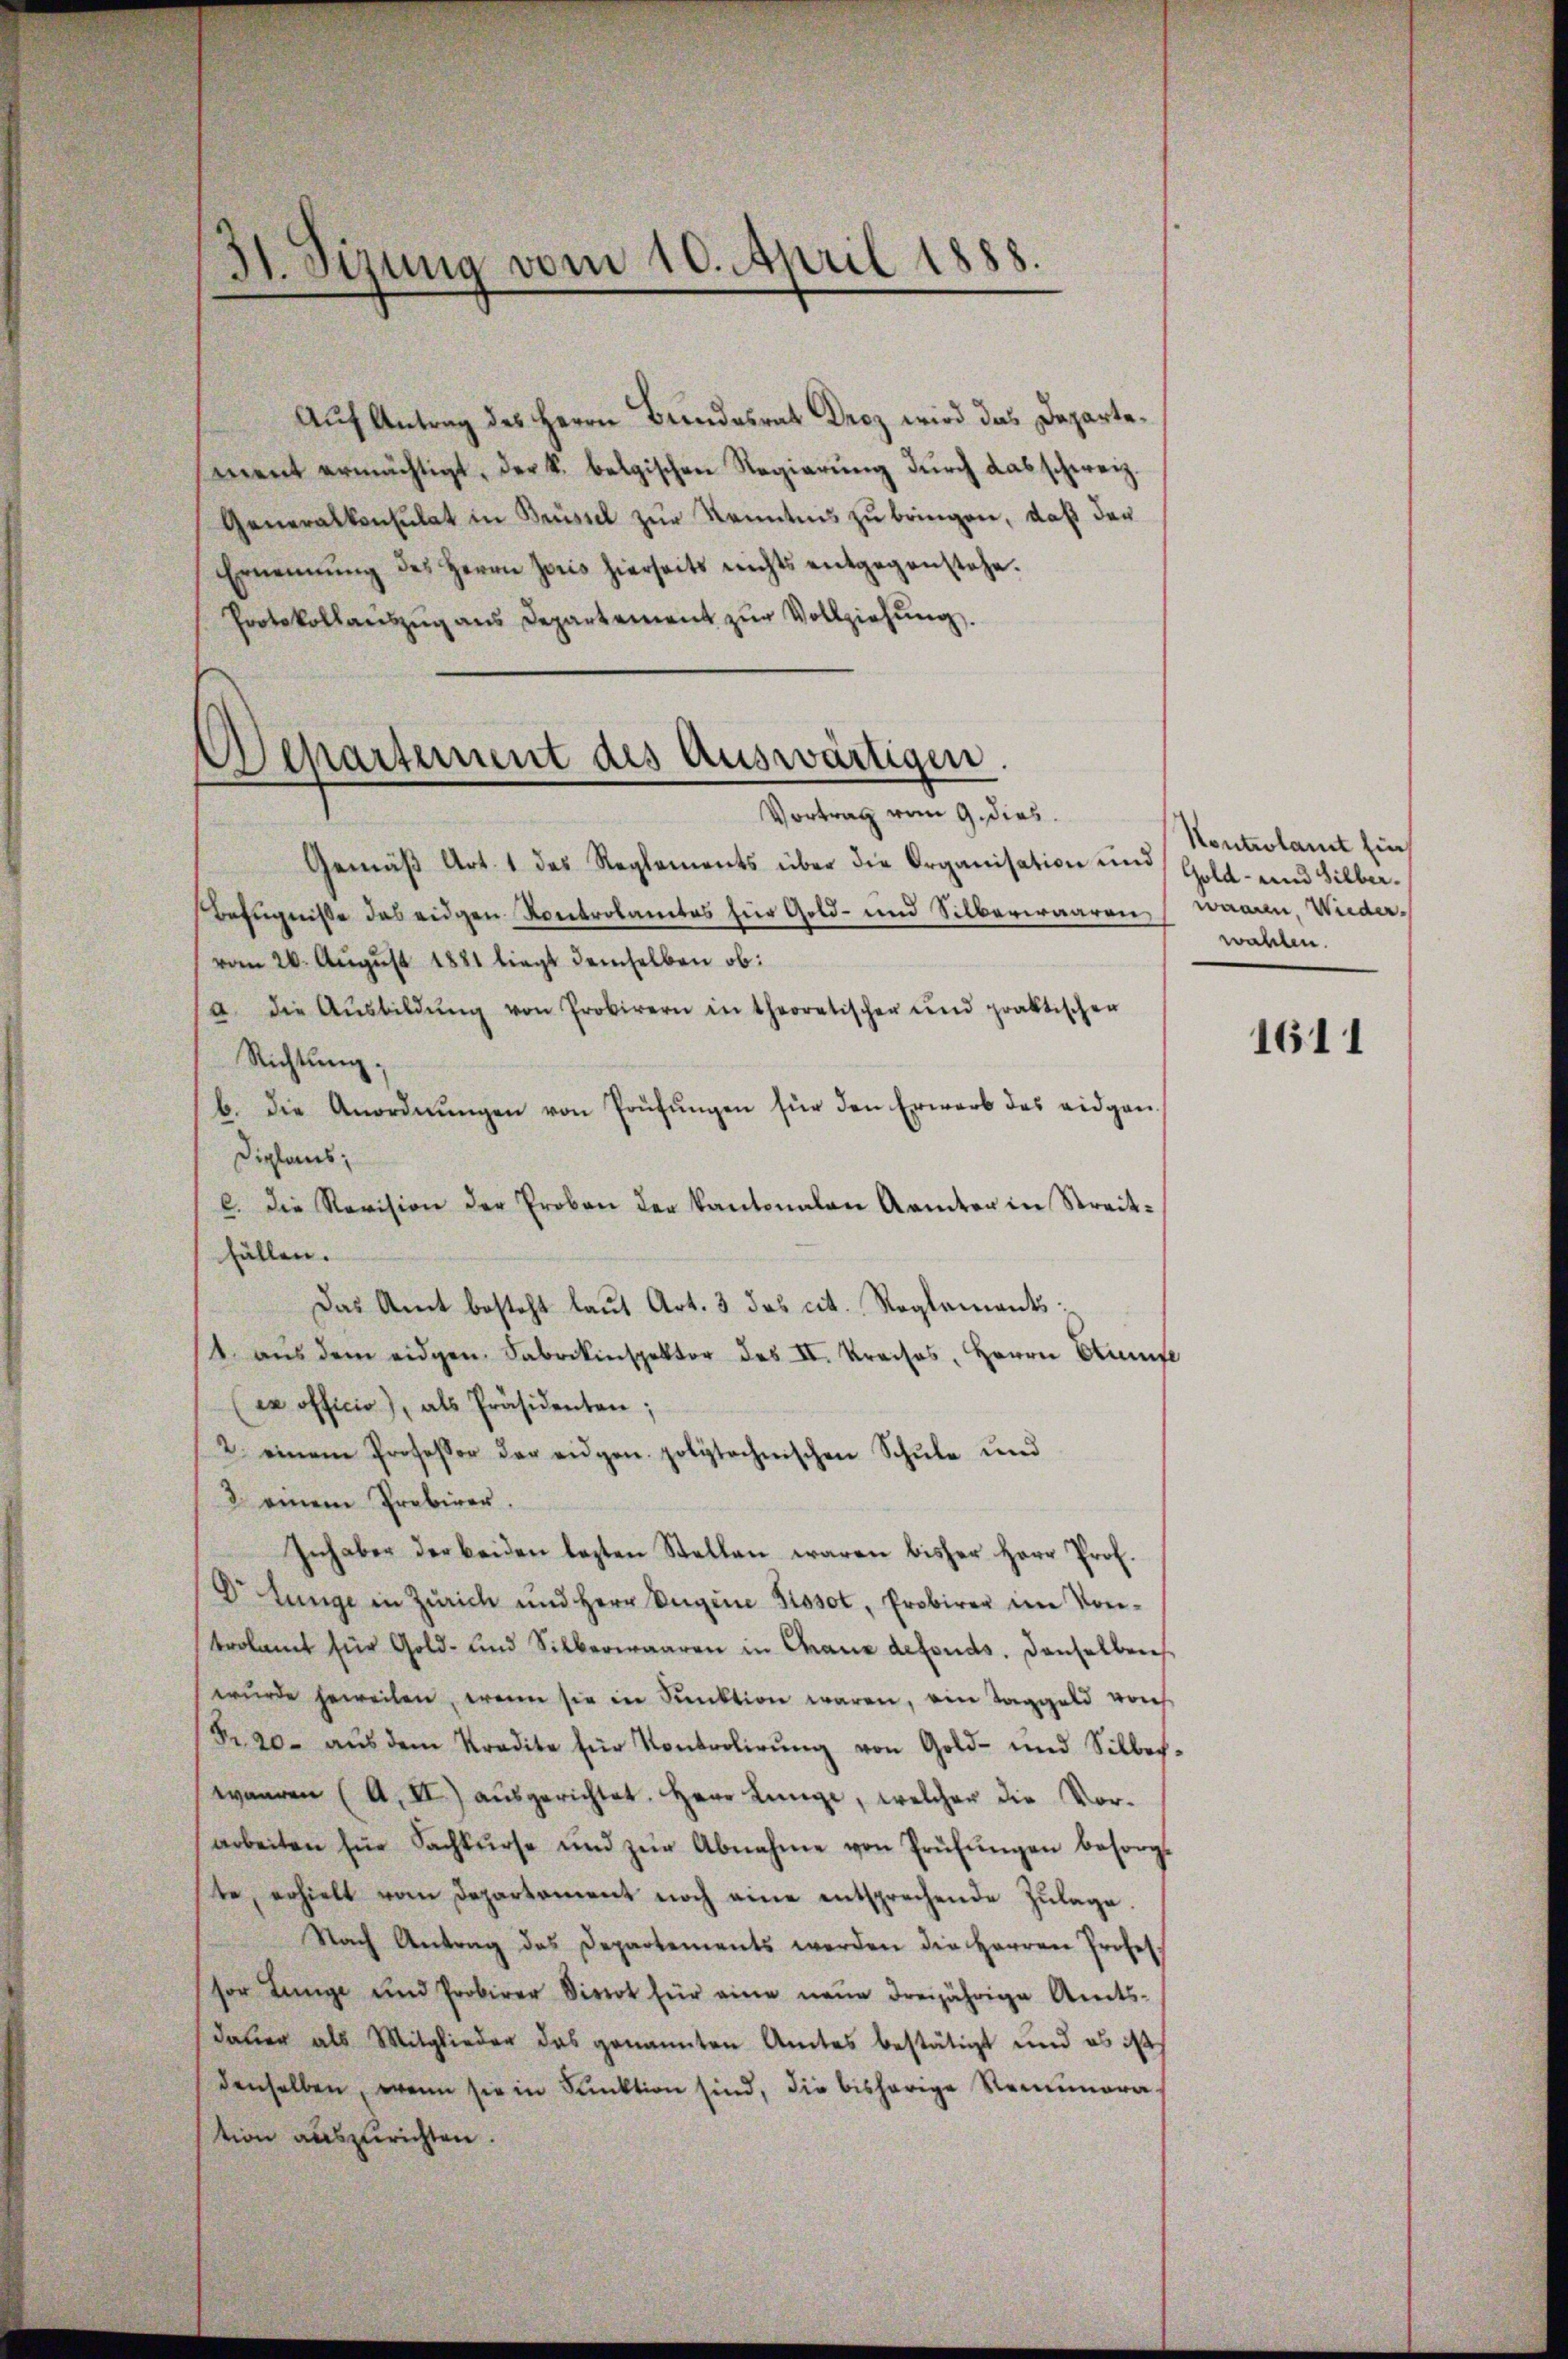
31. Sizung vom 10. April 1888.

Departement des Auswärtigen.
Vortrag vom 9. dies

Auf Antrag des Herrn Bundesrat Droz wird das Departement ermächtigt, der k. belgischen Regierung durch das schweiz.
Generalkonsulat in Brüssel zur Kenntnis zu bringen, daß der
Ernennung des Herrn Joris hierseits nichts entgegenstehe.
Protokollaŭszŭg ans Departement zŭr Vollziehŭng.
Gemäß Art. 1 das Reglements über die Organisation und Gold- und Silber¬
Befugniße das eidgen Kontrolamtes zur Gold- und Silberwaaren Mann, Wiedervom 26. August 1881 liegt demselben ob:
a. die Aŭsbildŭng von Probirern in theoretischen und praktischen
Richtung;
b. die Anordnŭngen von Prüfungen für den Erwarb des eidgan¬
Diplans,
l. die Revision der Proben der Kantonalen Aemter in Streitfällen.
Das Amt besteht laut Art. 3 das cit. Reglements;
1. aŭs dem eidgen. Sabrikinspektor des II. Kreises, Herrn Kunst
ex officio), als Präsidenten;
2. einem Professor der eidgen. polytechnischen Schŭle und
2 einem Probirer.
Inhaber der beiden lezten Stellen waren bisher Herr Prof.
Dr Lunge in Zürich und Herr Eugine Pissot, Probirer im Kontrolamt für Gold- und Silberwaaren in Chane defonds. denselben
wŭrde jeweilen, wenn sie in Punktion waren, ein Taggeld vorh
Fr. 20. aŭs dem Kredite für Kontrolirŭng von Gold- und Silber-
waaren (A. II) aŭsgerichtet. Herr Lunge, welcher die Vor-
arbeiten für Sachkurse und zŭr Abnahme von Prüfŭngen besorgt
ste, erhielt vom Departement noch eine entsprechende Zŭlage.
Nach Antrag des Departements werden die Herren Profes-
sor Lunge und Probirer Dirrot für eine neŭe dreijährige Amts-
dauer als Mitglieder das genannten Amtes bestätigt und es ist
denselben, wenn sie in Funktion sind, die bisherige Remunera-
tion auszurichten.

Kontrolamt hier
wahlen.

1611